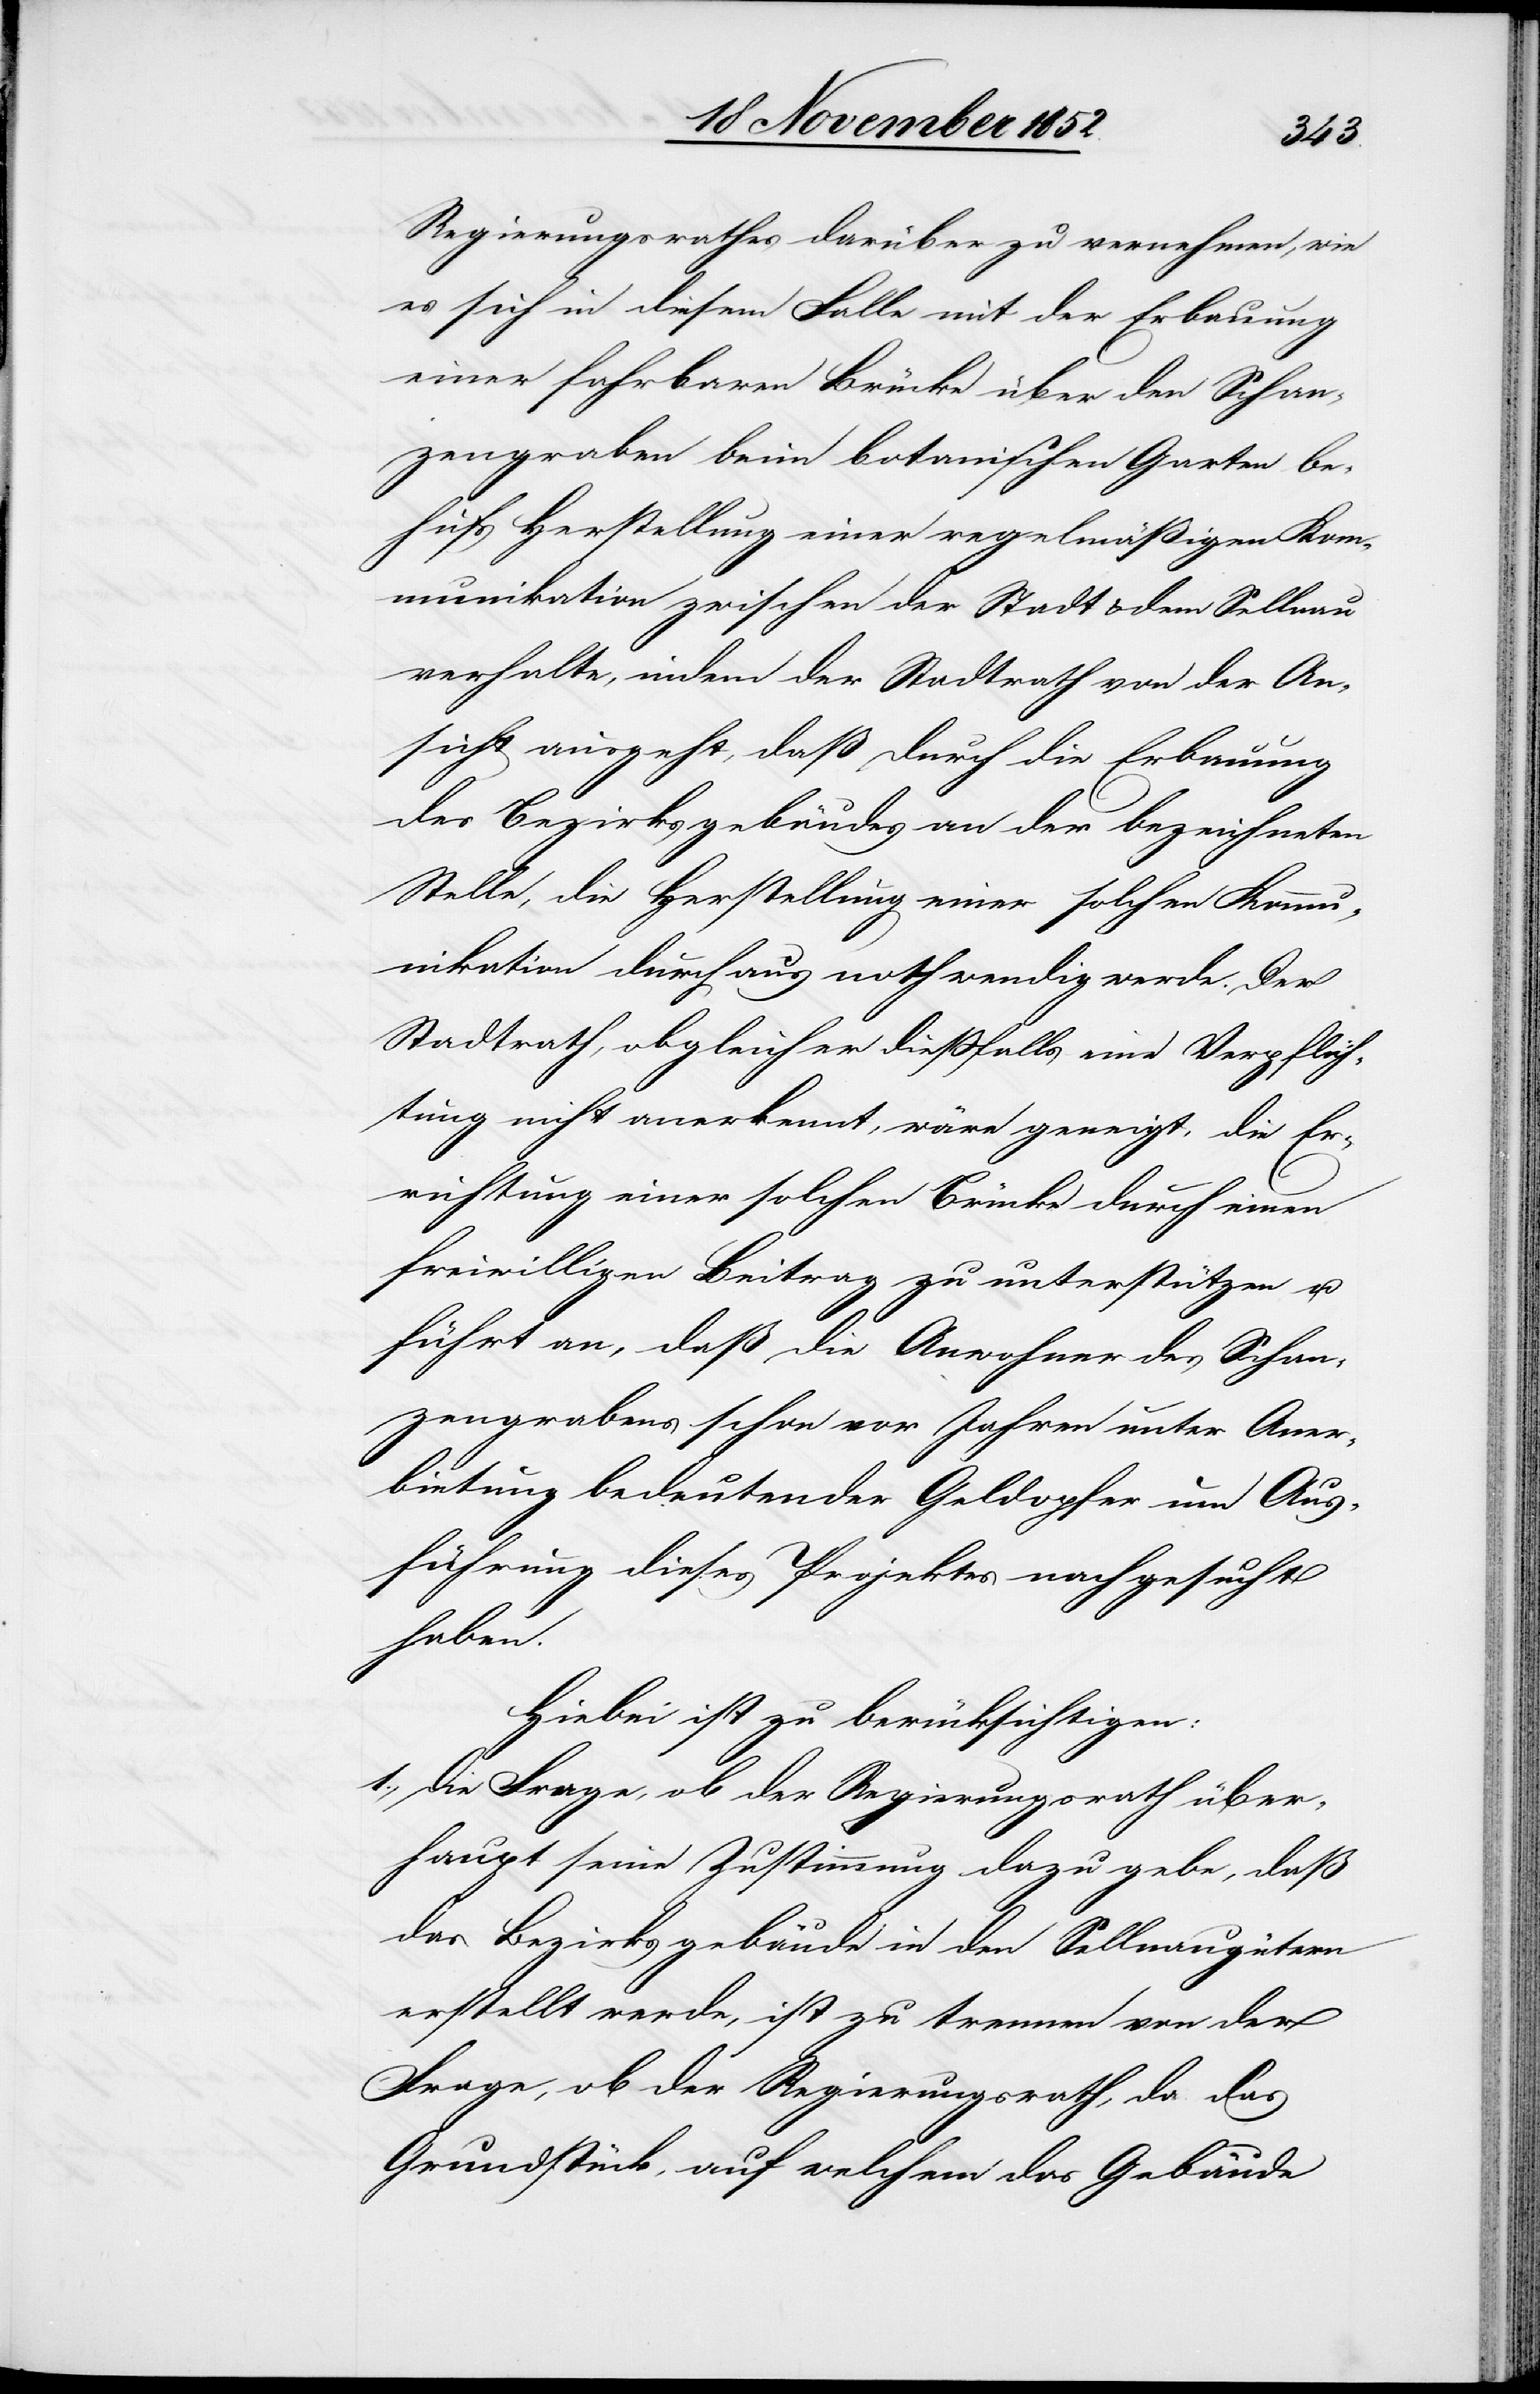
Regierungsrathes darüber zu vernehmen, wie
es sich in diesem Falle mit der Erbauung
einer fahrbaren Brücke über den Schan¬
zengraben beim botanischen Garten be¬
hufs Herstellung einer regelmäßigen Kom¬
munikation zwischen der Stadt & dem Sellnau
verhalte, indem der Stadtrath von der An¬
sicht ausgeht, daß durch die Erbauung
des Bezirksgebäudes an der bezeichneten
Stelle, die Herstellung einer solchen Komm¬
unikation durchaus nothwendig werde. Der
Stadtrath, obgleich er dießfalls eine Verpflich¬
tung nicht anerkennt, wäre geneigt, die Er¬
richtung einer solchen Brücke durch einen
freiwilligen Beitrag zu unterstützen u.
führt an, daß die Anwohner des Schan¬
zengrabens schon vor Jahren unter Aner¬
bietung bedeutender Geldopfer um Aus¬
führung dieses Projektes nachgesucht
haben.
Hiebei ist zu berücksichtigen:
1., Die Frage, ob der Regierungsrath über¬
haupt seine Zustimmung dazu gebe, daß
das Bezirksgebäude in den Sellnaugütern
erstellt werde, ist zu trennen von der
Frage, ob der Regierungsrath, da das
Grundstück, auf welchem das Gebäude